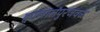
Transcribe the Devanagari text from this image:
क्वालालंपुरजवळ